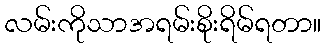
လမ်းကိုသာအရမ်းစိုးရိမ်ရတာ။